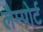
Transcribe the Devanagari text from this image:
लैम्पोर्ट